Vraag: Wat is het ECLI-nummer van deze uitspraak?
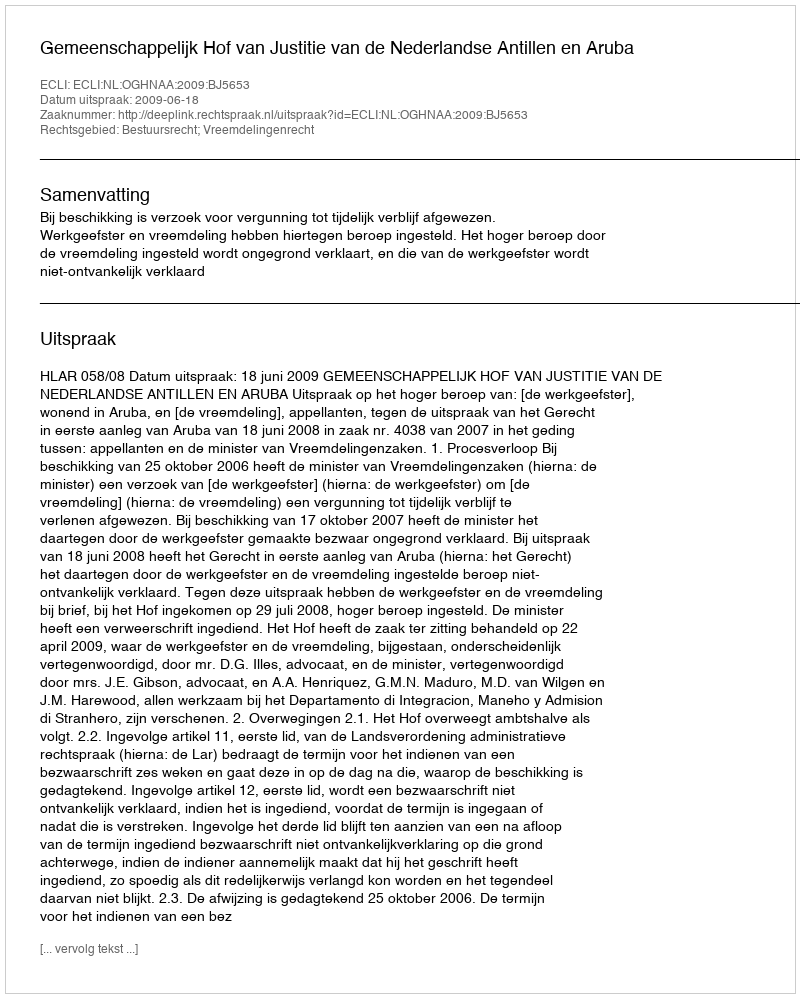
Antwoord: ECLI:NL:OGHNAA:2009:BJ5653